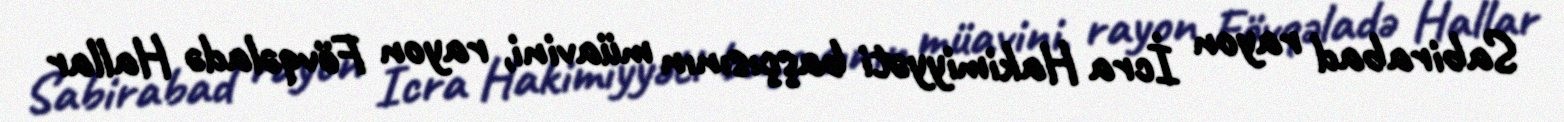
Sabirabad rayon İcra Hakimiyyəti başçısının müavini, rayon Fövqəladə Hallar